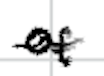
Text: of
Cross-out: wave
Writing tool: digital_black